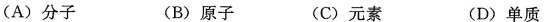
(A)分子 (B)原子 (C)元素 (D)单质